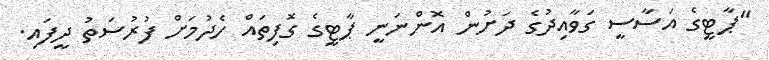
"ޕާޓީގެ އަސާސީ ގަވާއިދުގެ ދަށުން އޮންނަނީ ޕާޓީގެ ގޮފިތައް ހެދުމަށް ފުރުސަތު ދީފައި.